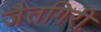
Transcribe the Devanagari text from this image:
जैतगिरी